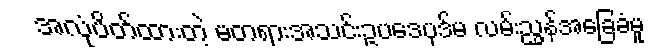
အလုံပိတ်ထားတဲ့ မတရားအသင်းဥပဒေပုဒ်မ လမ်းညွှန်အခြေခံမူ